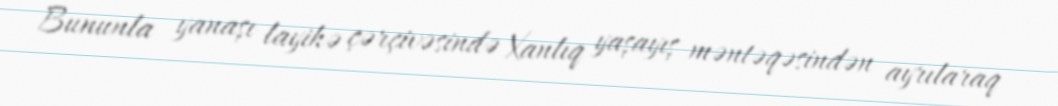
Bununla yanaşı layihə çərçivəsində Xanlıq yaşayış məntəqəsindən ayrılaraq